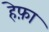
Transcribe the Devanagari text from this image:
हेफ़ा